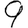
Digit: 9